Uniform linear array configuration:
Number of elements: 16
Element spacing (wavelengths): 0.5
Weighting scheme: cosine
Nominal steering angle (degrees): -30
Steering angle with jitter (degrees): -29.612
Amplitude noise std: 0.05
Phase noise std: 0.05

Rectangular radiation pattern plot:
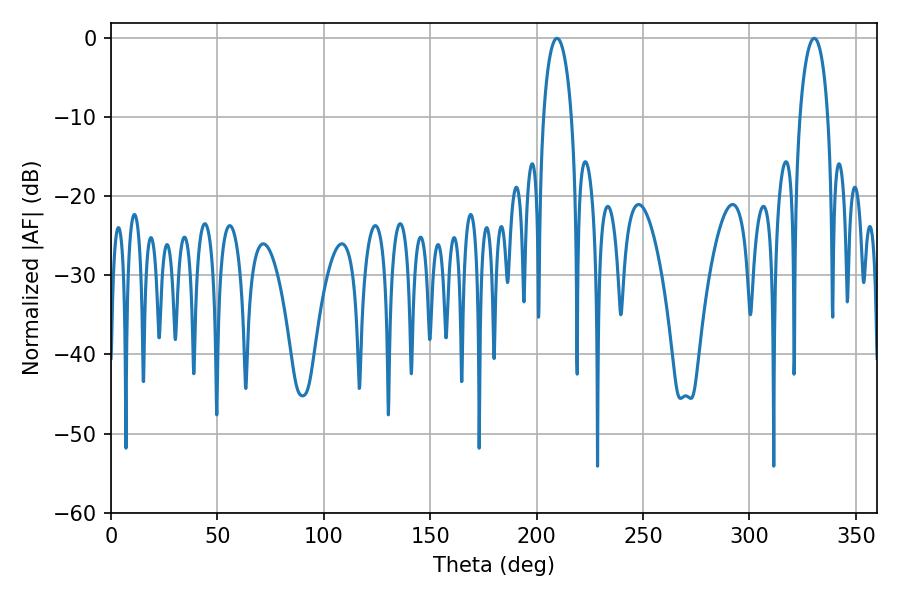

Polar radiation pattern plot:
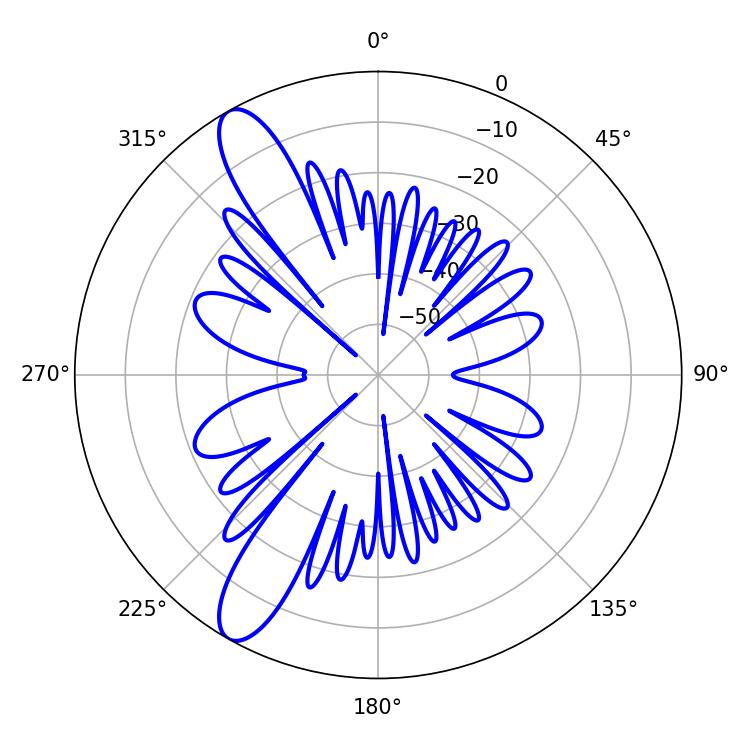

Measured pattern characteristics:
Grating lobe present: FALSE
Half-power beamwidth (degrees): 7.56
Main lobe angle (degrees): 209.52